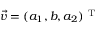
\vec { v } = ( a _ { 1 } , b , a _ { 2 } ) ^ { \mathrm { ~ T ~ } }